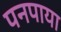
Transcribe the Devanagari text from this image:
पनपाया